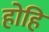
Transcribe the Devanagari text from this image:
होहि